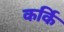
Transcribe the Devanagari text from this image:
कर्कि